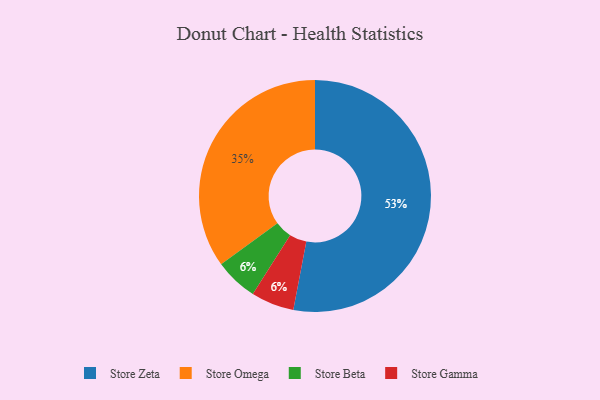
{"axis": {"x": "Category", "y": "Percentage"}, "legend": ["Store Beta", "Store Gamma", "Store Omega", "Store Zeta"], "data": [{"x": "Store Beta", "y": 6, "type": "Store Beta"}, {"x": "Store Gamma", "y": 6, "type": "Store Gamma"}, {"x": "Store Zeta", "y": 53, "type": "Store Zeta"}, {"x": "Store Omega", "y": 35, "type": "Store Omega"}]}